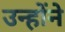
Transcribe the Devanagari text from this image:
उन्होंने